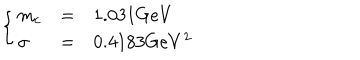
\left\{ \begin{array} { l l l } { { m _ { c } } } & { { = } } & { { 1 . 0 3 1 G e V } } \\ { { \sigma } } & { { = } } & { { 0 . 4 1 8 3 G e V ^ { 2 } } } \\ \end{array} \right.